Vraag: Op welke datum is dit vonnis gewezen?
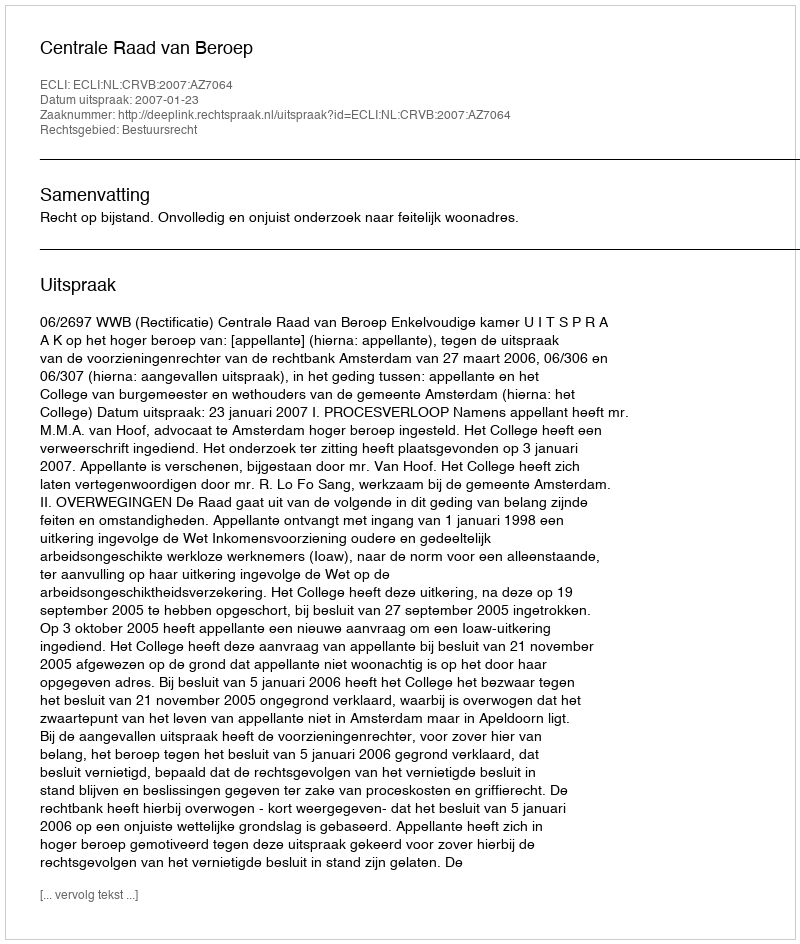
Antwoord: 2007-01-23